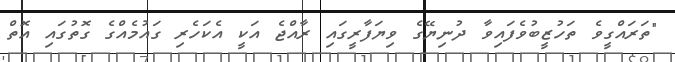
"ތަރައްގީވެ ތަހުޒީބުވެފައިވާ ދުނިޔޭގެ ވިޔަފާރީގައި ރާއްޖެ އަކީ އެކަހެރި ގައުމެއްގެ ގޮތުގައި އޮތް